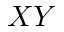
X Y